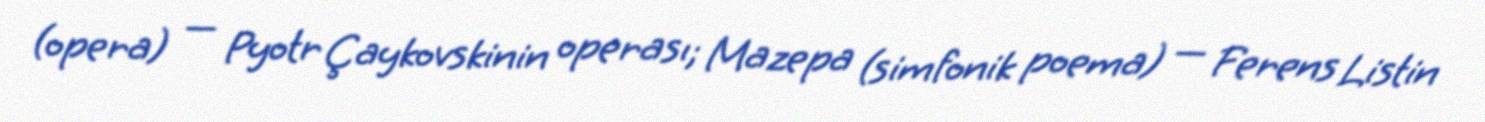
(opera) — Pyotr Çaykovskinin operası; Mazepa (simfonik poema) — Ferens Listin